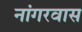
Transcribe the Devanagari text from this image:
नांगरवास